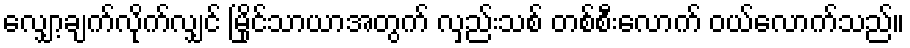
လျှော့ချက်လိုက်လျှင် မြိုင်သာယာအတွက် လှည်းသစ် တစ်စီးလောက် ဝယ်လောက်သည်။